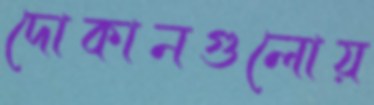
দোকানগুলোয়